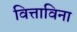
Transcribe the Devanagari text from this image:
वित्ताविना